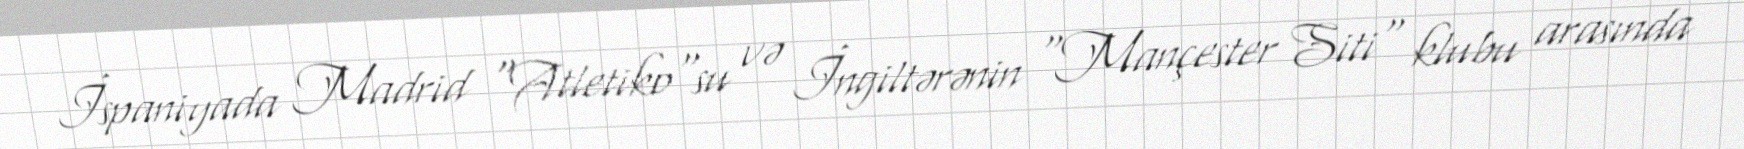
İspaniyada Madrid "Atletiko"su və İngiltərənin "Mançester Siti" klubu arasında